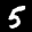
Label: 5